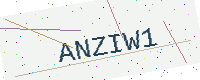
Text: ANZIW1